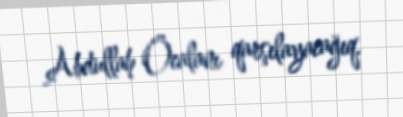
Abdullah Öcalanı qarşılayacağıq.